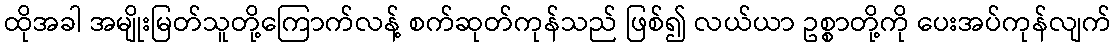
ထိုအခါ အမျိုးမြတ်သူတို့ကြောက်လန့် စက်ဆုတ်ကုန်သည် ဖြစ်၍ လယ်ယာ ဥစ္စာတို့ကို ပေးအပ်ကုန်လျက်